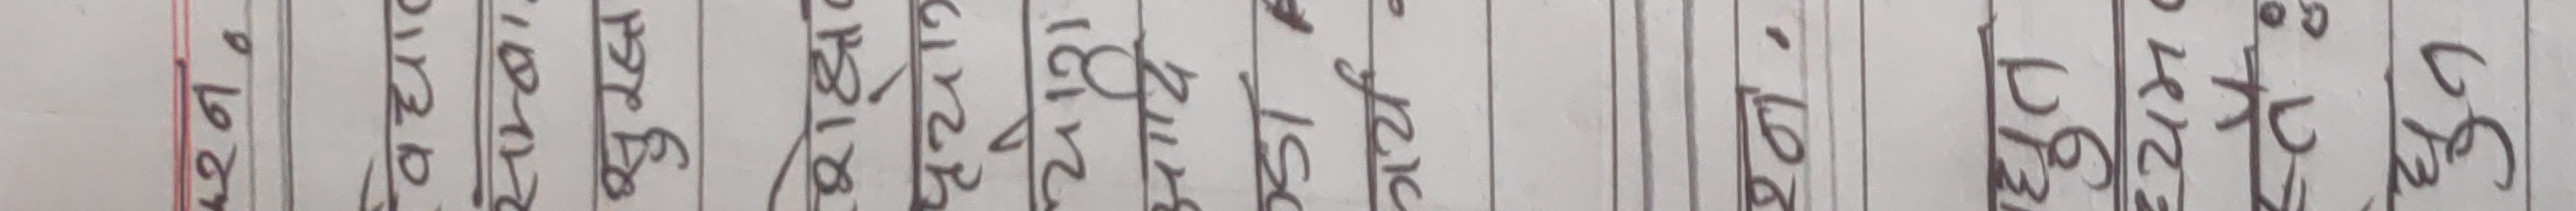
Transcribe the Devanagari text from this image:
०६ से.मि.
०५ मि.लि.
०४ कि.मि.
०३ ग्राम
०२ कि.ग्रा.
०१ कि.लि.
१७ प्रति
१८ मिटर
१९ लिटर
२० जोडा
२१ दश
२२ दर्जन
२३ कवटा
२४ पिस
२५ बोरा
२६ किलो
२७ पोका
२८ जोरा
२९ फुट
३० गाँस
टुक्रा
पैसा
रुपैयाँ
मिटर
लिटर
ग्राम